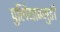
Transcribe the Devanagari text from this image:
पुलियान्गुडी